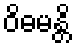
ဝိဓမန္တိ